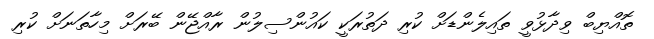
ތޮއްޔިބް ވިދާޅުވީ ތައިލެންޑަށް ކުރި ދަތުރަކީ ކައުންސިލުން ރާއްޖޭން ބޭރަށް މިހާތަނަށް ކުރި